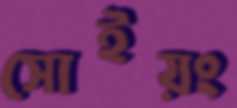
সোইয়ং